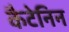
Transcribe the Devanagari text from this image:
कैटेनिन